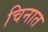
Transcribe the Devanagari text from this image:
चिनात